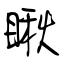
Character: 瞅